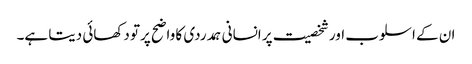
ان کے اسلوب اور شخصیت پر انسانی ہمدردی کا واضح پرتو دکھائی دیتا ہے۔